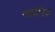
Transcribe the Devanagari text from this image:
सह्योगियो